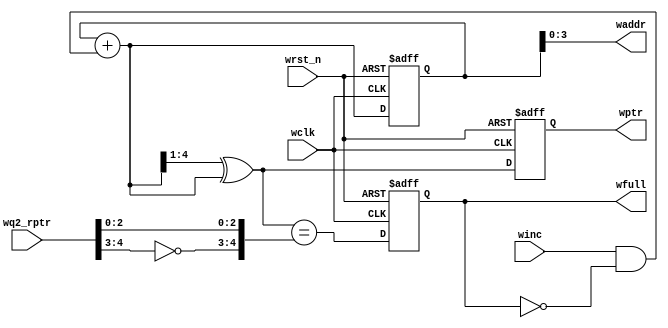
// Asynchronous FIFO Write Pointer full comparator.
// Copied and pasted from Cliff Cummings' 2002 SNUG paper Rev 1.2
module ASYNC_FIFO_WPTR_FULL #(parameter ADDRSIZE = 4)
   (output reg wfull,
    output [ADDRSIZE-1:0] waddr,
    output reg [ADDRSIZE :0] wptr,
    input [ADDRSIZE :0] wq2_rptr,
    input winc, wclk, wrst_n);

   reg [ADDRSIZE:0] wbin;
   wire [ADDRSIZE:0] wgraynext, wbinnext;

   // GRAYSTYLE2 pointer
   always @(posedge wclk or negedge wrst_n)
     if (!wrst_n) {wbin, wptr} <= 0;
     else {wbin, wptr} <= {wbinnext, wgraynext};

   // Memory write-address pointer (okay to use binary to address memory)
   assign waddr = wbin[ADDRSIZE-1:0];
   assign wbinnext = wbin + (winc & ~wfull);
   assign wgraynext = (wbinnext>>1) ^ wbinnext;

   //------------------------------------------------------------------
   // Simplified version of the three necessary full-tests:
   // assign wfull_val=((wgnext[ADDRSIZE] !=wq2_rptr[ADDRSIZE] ) &&
   // (wgnext[ADDRSIZE-1] !=wq2_rptr[ADDRSIZE-1]) &&
   // (wgnext[ADDRSIZE-2:0]==wq2_rptr[ADDRSIZE-2:0]));
   //------------------------------------------------------------------
   assign wfull_val = (wgraynext=={~wq2_rptr[ADDRSIZE:ADDRSIZE-1],
				   wq2_rptr[ADDRSIZE-2:0]});
   always @(posedge wclk or negedge wrst_n)
     if (!wrst_n) wfull <= 1'b0;
     else wfull <= wfull_val;

endmodule